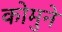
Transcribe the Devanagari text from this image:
कोमुने